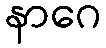
နာဂေ